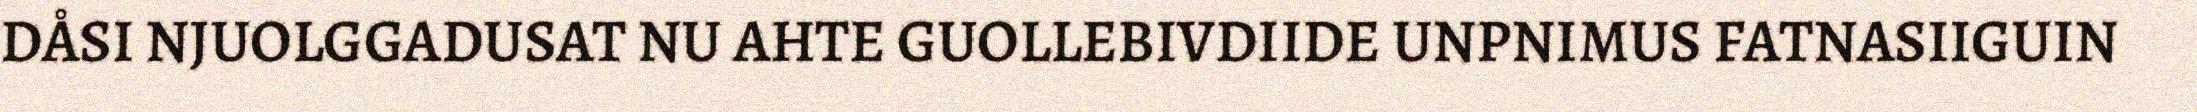
DÅSI NJUOLGGADUSAT NU AHTE GUOLLEBIVDIIDE UNPNIMUS FATNASIIGUIN